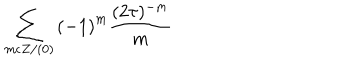
\sum _ { m \epsilon Z / ( 0 ) } { ( - 1 ) } ^ { m } \frac { ( 2 \tau ) ^ { - m } } { m }